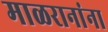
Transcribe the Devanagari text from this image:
माळरानांना